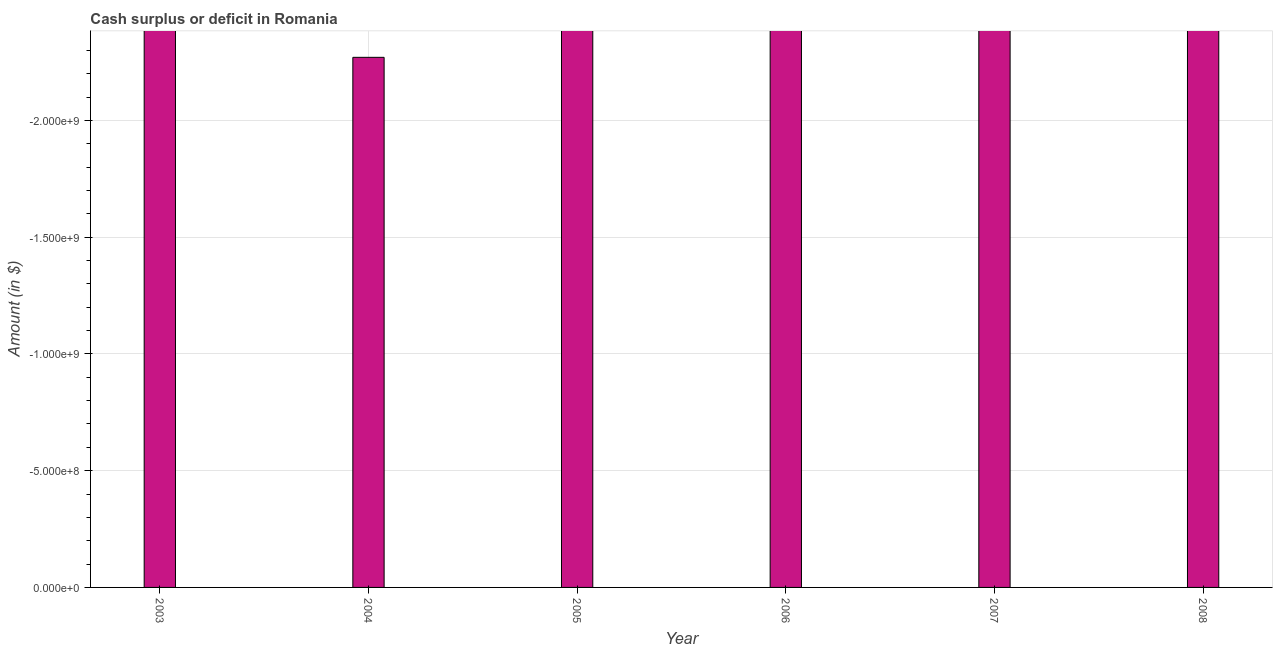
| Year | Cash surplus or deficit |
 | --- | --- |
 | 2003 | -2.58e+09 |
 | 2004 | -2.27e+09 |
 | 2005 | -2.87e+09 |
 | 2006 | -7.67e+09 |
 | 2007 | -9.54e+09 |
 | 2008 | -2.33e+10 |